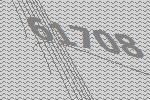
61708